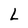
Character: L